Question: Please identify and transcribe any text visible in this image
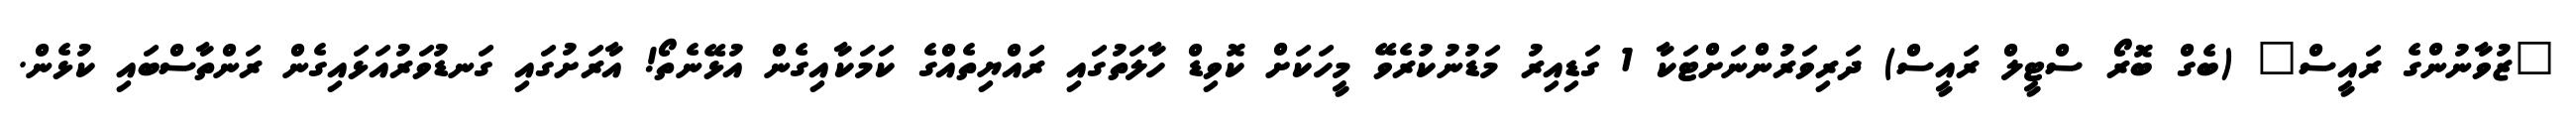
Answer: "ޒުވާނުންގެ ރައީސް" (ބެގް ބޮރޯ ސްޓީލް ރައީސް) ދަރިވަރުންނަށްޓަކާ 1 ގަޑިއިރު މަޑުނުކުރެވޭ މީހަކަށް ކޮވިޑް ހާލަތުގައި ރައްޔިތެއްގެ ކަމަކާއިގެން އުޅޭނެތޯ! އާރަށުގައި ގަނޑުވަރުއަޅައިގެން ރަންތާސްބައި ކުޅެން.